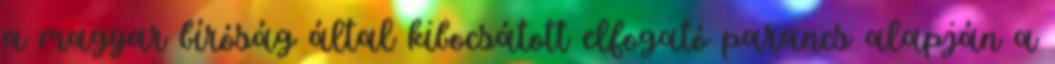
a magyar bíróság által kibocsátott elfogató parancs alapján a